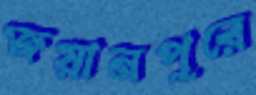
জয়ানপুরে